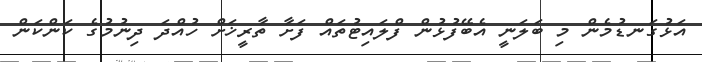
އަޅުގަނޑުމެން މި ބަލަނީ އެބޭފުޅުން ފްލައިޓުތައް ފަށާ ތާރީޚަށް ހުއްދަ ދިނުމުގެ ކަންކަން